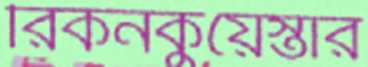
রিকনকুয়েস্তার